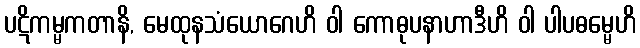
ပဋိကမ္မကတာနိ, မေထုနသံယောဂေဟိ ဝါ ကောဓုပနာဟာဒီဟိ ဝါ ပါပဓမ္မေဟိ